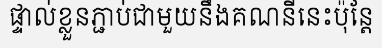
ផ្ទាល់ខ្លួនភ្ជាប់ជាមួយនឹងគណនីនេះប៉ុន្តែ